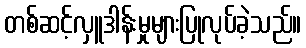
တစ်ဆင့်လှူဒါန်းမှုများပြုလုပ်ခဲ့သည်။